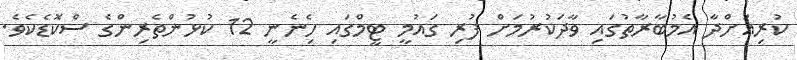
ކުރިއަށްދާ އެމުބާރާތުގައި ވާދަކުރުމަށް ފުރި ގައުމީ ޓީމްގައި ހިެނެނީ 12 ކުޅުންތެރިންގެ ސްކޮޑެކެވެ.